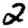
Digit: 2